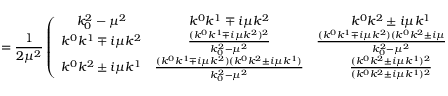
= \frac { 1 } { 2 \mu ^ { 2 } } \left( \begin{array} { c c c } { { k _ { 0 } ^ { 2 } - \mu ^ { 2 } } } & { { k ^ { 0 } k ^ { 1 } \mp i \mu k ^ { 2 } } } & { { k ^ { 0 } k ^ { 2 } \pm i \mu k ^ { 1 } } } \\ { { k ^ { 0 } k ^ { 1 } \mp i \mu k ^ { 2 } } } & { { \frac { ( k ^ { 0 } k ^ { 1 } \mp i \mu k ^ { 2 } ) ^ { 2 } } { k _ { 0 } ^ { 2 } - \mu ^ { 2 } } } } & { { \frac { ( k ^ { 0 } k ^ { 1 } \mp i \mu k ^ { 2 } ) ( k ^ { 0 } k ^ { 2 } \pm i \mu k ^ { 1 } ) } { k _ { 0 } ^ { 2 } - \mu ^ { 2 } } } } \\ { { k ^ { 0 } k ^ { 2 } \pm i \mu k ^ { 1 } } } & { { \frac { ( k ^ { 0 } k ^ { 1 } \mp i \mu k ^ { 2 } ) ( k ^ { 0 } k ^ { 2 } \pm i \mu k ^ { 1 } ) } { k _ { 0 } ^ { 2 } - \mu ^ { 2 } } } } & { { \frac { ( k ^ { 0 } k ^ { 2 } \pm i \mu k ^ { 1 } ) ^ { 2 } } { ( k ^ { 0 } k ^ { 2 } \pm i \mu k ^ { 1 } ) ^ { 2 } } } } \end{array} \right) e ^ { \pm 2 i \phi ( k ) }